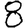
Digit: 8